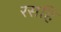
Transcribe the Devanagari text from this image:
रसहिं